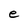
Character: e